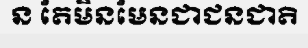
ន តែមិនមែនជាជនជាតិ